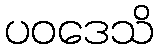
ပဝဒေသိ